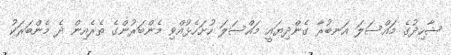
ޝާހިދުގެ މައްސަލަ އަނބުރާ ގެންދިޔައީ މައްސަލަ ހުށަހެޅުއްވި މެންބަރުންގެ ތެރެއިން ދެ މެންބަރަކު